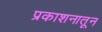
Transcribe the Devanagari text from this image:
प्रकाशनातून